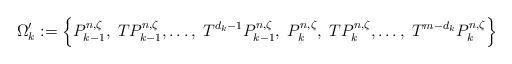
LaTeX: \begin{align*}\Omega_{k}^{\prime}:=\left\{ P_{k-1}^{n,\zeta},\; TP_{k-1}^{n,\zeta},\ldots,\; T^{d_{k}-1}P_{k-1}^{n,\zeta},\;P_{k}^{n,\zeta},\; TP_{k}^{n,\zeta},\ldots,\; T^{m-d_{k}}P_{k}^{n,\zeta}\right\}\end{align*}